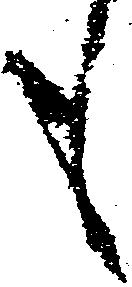
も